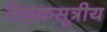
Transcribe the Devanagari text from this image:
केंद्रकसूत्रीय